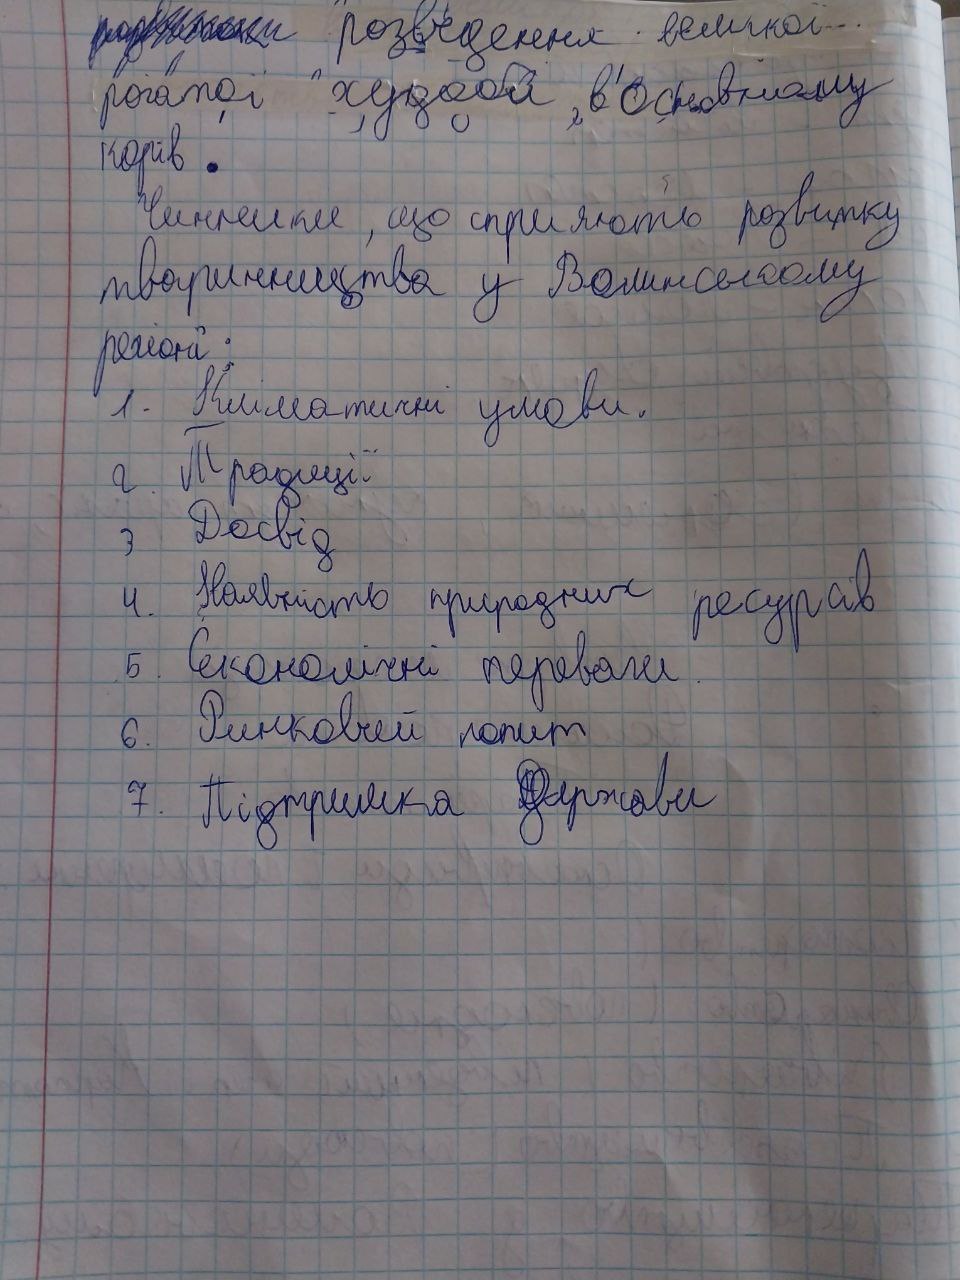
рогатої худоби, в основному
корів.
Чинники, що сприяють розвитку
тваринництва у Волинському
регіоні
1. Кліматичні умови.
2. Традиції
3 Досвід
4. Наявність природних ресурсів
5. Економічні переваги
6. Ринковий попит
7. Підтримка держави